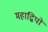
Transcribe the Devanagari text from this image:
महाद्विपों